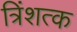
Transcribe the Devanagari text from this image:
त्रिंशत्क